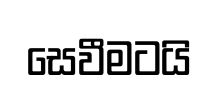
සෙවීමටයි